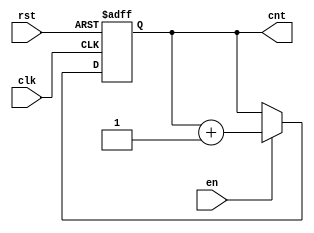
module IncrementalCounter (
    input wire clk,    // Clock input
    input wire en,     // Enable input
    input wire rst,    // Reset input
    output reg [7:0] cnt // 8-bit Counter output
);

    // Initial value (or you can parameterize this as per requirements)
    initial begin
        cnt = 8'b0; // Initialize count to 0
    end

    // Always block triggered on the rising edge of clock or on reset
    always @(posedge clk or posedge rst) begin
        if (rst) begin
            // If reset is asserted, set count to 0
            cnt <= 8'b0;
        end else if (en) begin
            // If enabled, increment the count
            cnt <= cnt + 1;
        end
        // If not enabled, do nothing, retain current value
    end

endmodule